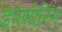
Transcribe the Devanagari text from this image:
इनशोरिंग